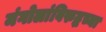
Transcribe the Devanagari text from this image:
मंगोलांविरुद्धच्या